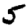
Digit: 5